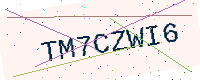
Text: TM7CZWI6